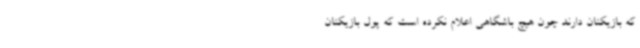
که بازیکنان دارند چون هیچ باشگاهی اعلام نکرده است که پول بازیکنان